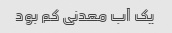
یک آب معدنی کم بود